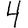
Digit: 4